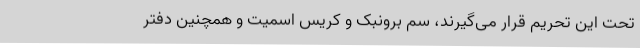
تحت این تحریم قرار می‌گیرند، سم برونبک و کریس اسمیت و همچنین دفتر